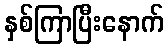
နှစ်ကြာပြီးနောက်